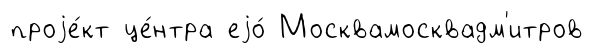
проjе́кт це́нтра еjо́ Москвамосквадм'итров